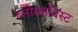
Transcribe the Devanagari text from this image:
ब्लोम्कविस्ट